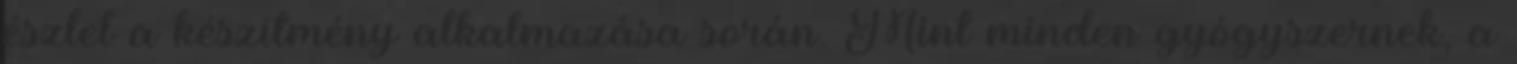
észlel a készítmény alkalmazása során. Mint minden gyógyszernek, a